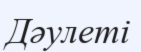
Дәулеті